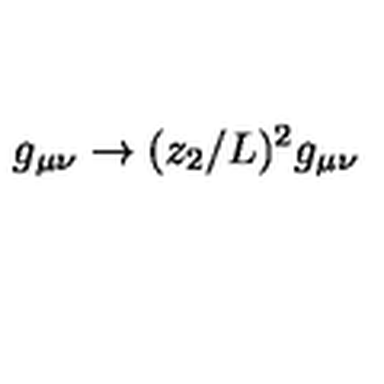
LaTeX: g _ { \mu \nu } \to ( z _ { 2 } / L ) ^ { 2 } g _ { \mu \nu }